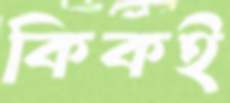
কিকই